Civil Veterinary Department. United Provinces 1932-42 - 1932-1942
Year: 1932
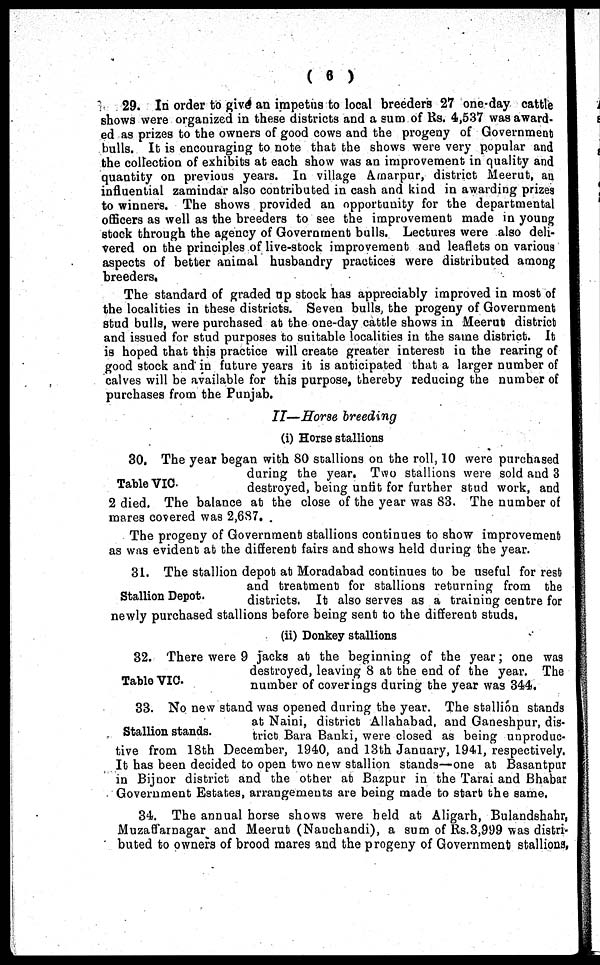
( 6 )
29. In order to give an impetus to local breeders 27 one-day cattle
shows were organized in these districts and a sum of Rs. 4,537 was award-
ed as prizes to the owners of good cows and the progeny of Government
bulls. It is encouraging to note that the shows were very popular and
the collection of exhibits at each show was an improvement in quality and
quantity on previous years. In village Amarpur, district Meerut, an
influential zamindar also contributed in cash and kind in awarding prizes
to winners. The shows provided an opportunity for the departmental
officers as well as the breeders to see the improvement made in young
stock through the agency of Government bulls. Lectures were also deli-
vered on the principles of live-stock improvement and leaflets on various
aspects of better animal husbandry practices were distributed among
breeders.
The standard of graded up stock has appreciably improved in most of
the localities in these districts. Seven bulls, the progeny of Government
stud bulls, were purchased at the one-day cattle shows in Meerut district
and issued for stud purposes to suitable localities in the same district. It
is hoped that this practice will create greater interest in the rearing of
good stock and in future years it is anticipated that a larger number of
calves will be available for this purpose, thereby reducing the number of
purchases from the Punjab.
II—Horse breeding
(i) Horse stallions
Table VIC.
30. The year began with 80 stallions on the roll, 10 were purchased
during the year. Two stallions were sold and 3
destroyed, being unfit for further stud work, and
2 died. The balance at the close of the year was 83. The number of
mares covered was 2,687.
The progeny of Government stallions continues to show improvement
as was evident at the different fairs and shows held during the year.
Stallion Depot.
31. The stallion depot at Moradabad continues to be useful for rest
and treatment for stallions returning from the
districts. It also serves as a training centre for
newly purchased stallions before being sent to the different studs,
(ii) Donkey stallions
Table VIC
32. There were 9 jacks at the beginning of the year; one was
destroyed, leaving 8 at the end of the year. The
number of coverings during the year was 344.
Stallion stands.
33. No new stand was opened during the year. The stallion stands
at Naini, district Allahabad, and Ganeshpur, dis-
trict Bara Banki, were closed as being unproduc-
tive from 18th December, 1940, and 13th January, 1941, respectively.
It has been decided to open two new stallion stands—one at Basantpur
in Bijnor district and the other at Bazpur in the Tarai and Bhabar
Government Estates, arrangements are being made to start the same.
34. The annual horse shows were held at Aligarh, Bulandshahr,
Muzaffarnagar and Meerut (Nauchandi), a sum of Rs.3,999 was distri-
buted to owners of brood mares and the progeny of Government stallions,